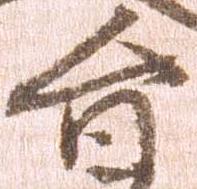
旨